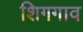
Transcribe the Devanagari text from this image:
शिगगाव